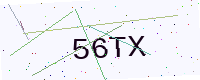
Text: 56TX